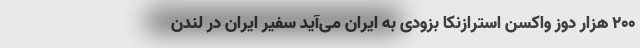
۲۰۰ هزار دوز واکسن استرازنکا بزودی به ایران می‌آید سفیر ایران در لندن